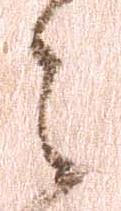
々